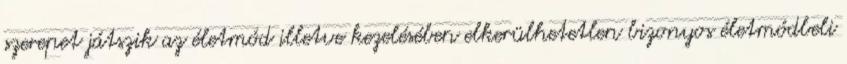
szerepet játszik az életmód illetve kezelésében elkerülhetetlen bizonyos életmódbeli